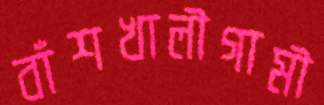
বাঁশখালীগামী